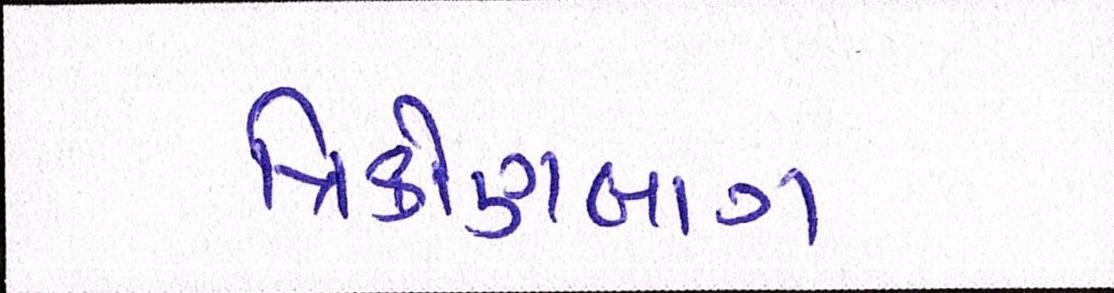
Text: ત્રિકોણબાગ